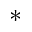
^ { * }